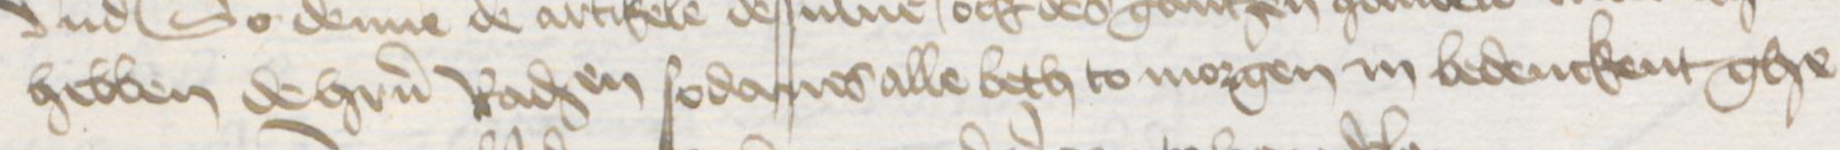
Transcription: hebben de hrren Raden sodanes alle beth to morgen in bedenckent ghe¬